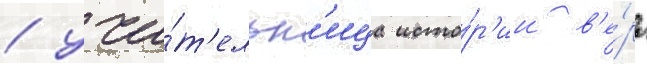
/ учи́т'ельн'ица исто́р'ии в'е́ра